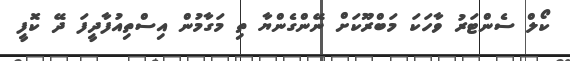
ކޯލް ސެންޓަރު ވާހަކަ މަބްރޫކަށް ނޭންގެންޔާ ތި މަގާމުން އިސްތިއުފާދީފަ ދޭ ކޮފީ